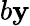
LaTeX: b\mathbf{y}